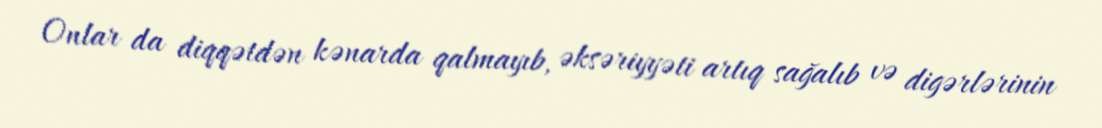
Onlar da diqqətdən kənarda qalmayıb, əksəriyyəti artıq sağalıb və digərlərinin